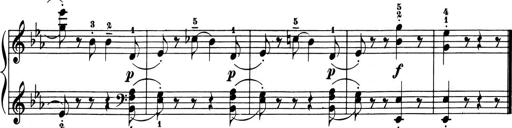
Title: 6 Piano Sonatinas
Composer: Cornelius Gurlitt